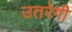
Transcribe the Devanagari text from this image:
उतरेगी